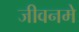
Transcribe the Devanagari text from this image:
जीवनमे